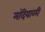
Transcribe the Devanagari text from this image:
मंदियाळी